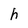
Character: h